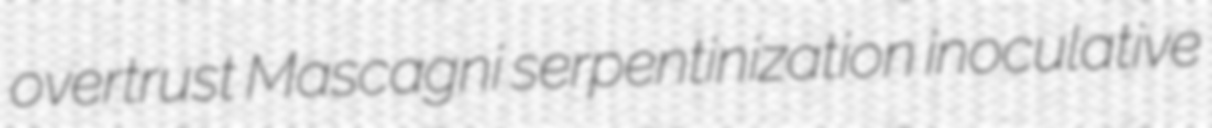
overtrust Mascagni serpentinization inoculative